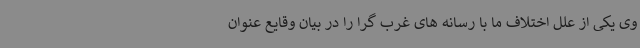
وی یکی از علل اختلاف ما با رسانه های غرب گرا را در بیان وقایع عنوان